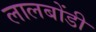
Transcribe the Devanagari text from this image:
लालबोंडी